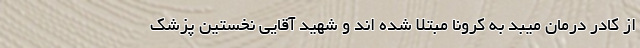
از کادر درمان میبد به کرونا مبتلا شده اند و شهید آقایی نخستین پزشک